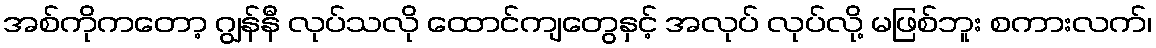
အစ်ကိုကတော့ ဂျွန်နီ လုပ်သလို ထောင်ကျတွေနှင့် အလုပ် လုပ်လို့ မဖြစ်ဘူး စကားလက်၊